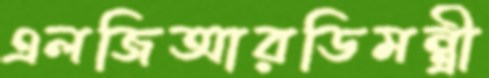
এলজিআরডিমন্ত্রী